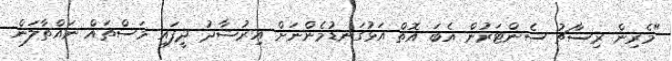
"މެރިން ރިސާޗު ސެންޓަރުން އެބަ އޮތް އަޅުގަނޑުމެންނަށް އިރުޝާދު ދީފައި މަސްތައް ނައްތާލަން